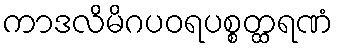
ကာဒလိမိဂပဝရပစ္စတ္ထရဏံ